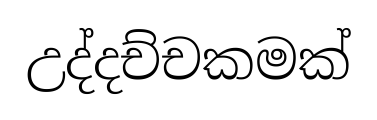
උද්දච්චකමක්